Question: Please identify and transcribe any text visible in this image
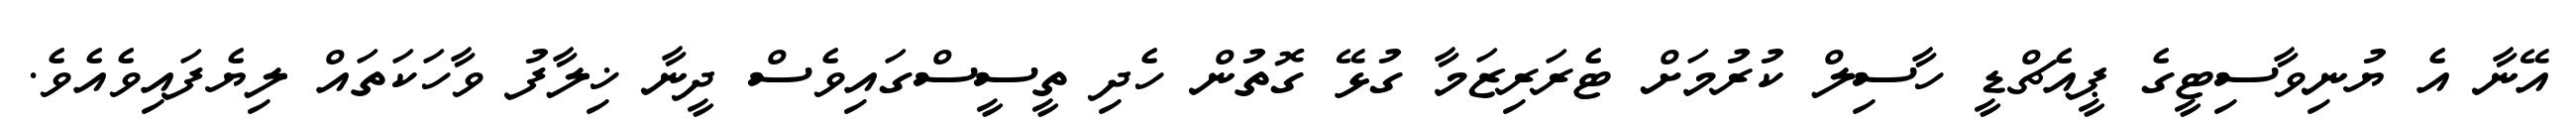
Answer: އޭނާ އެ ޔުނިވާސިޓީގެ ޕީއެޗްޑީ ހާސިލް ކުރުމަށް ޓެރަރިޒަމާ ގުޅޭ ގޮތުން ހެދި ތީސީސްގައިވެސް ދީނާ ޚިލާފު ވާހަކަތައް ލިޔެފައިވެއެވެ.